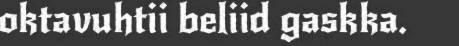
oktavuhtii beliid gaskka.